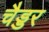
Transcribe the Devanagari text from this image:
चैड्डर